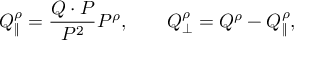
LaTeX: Q _ { \| } ^ { \rho } = { \frac { Q \cdot P } { P ^ { 2 } } } P ^ { \rho } , \ \ \ \ \ \ Q _ { \bot } ^ { \rho } = Q ^ { \rho } - Q _ { \| } ^ { \rho } ,